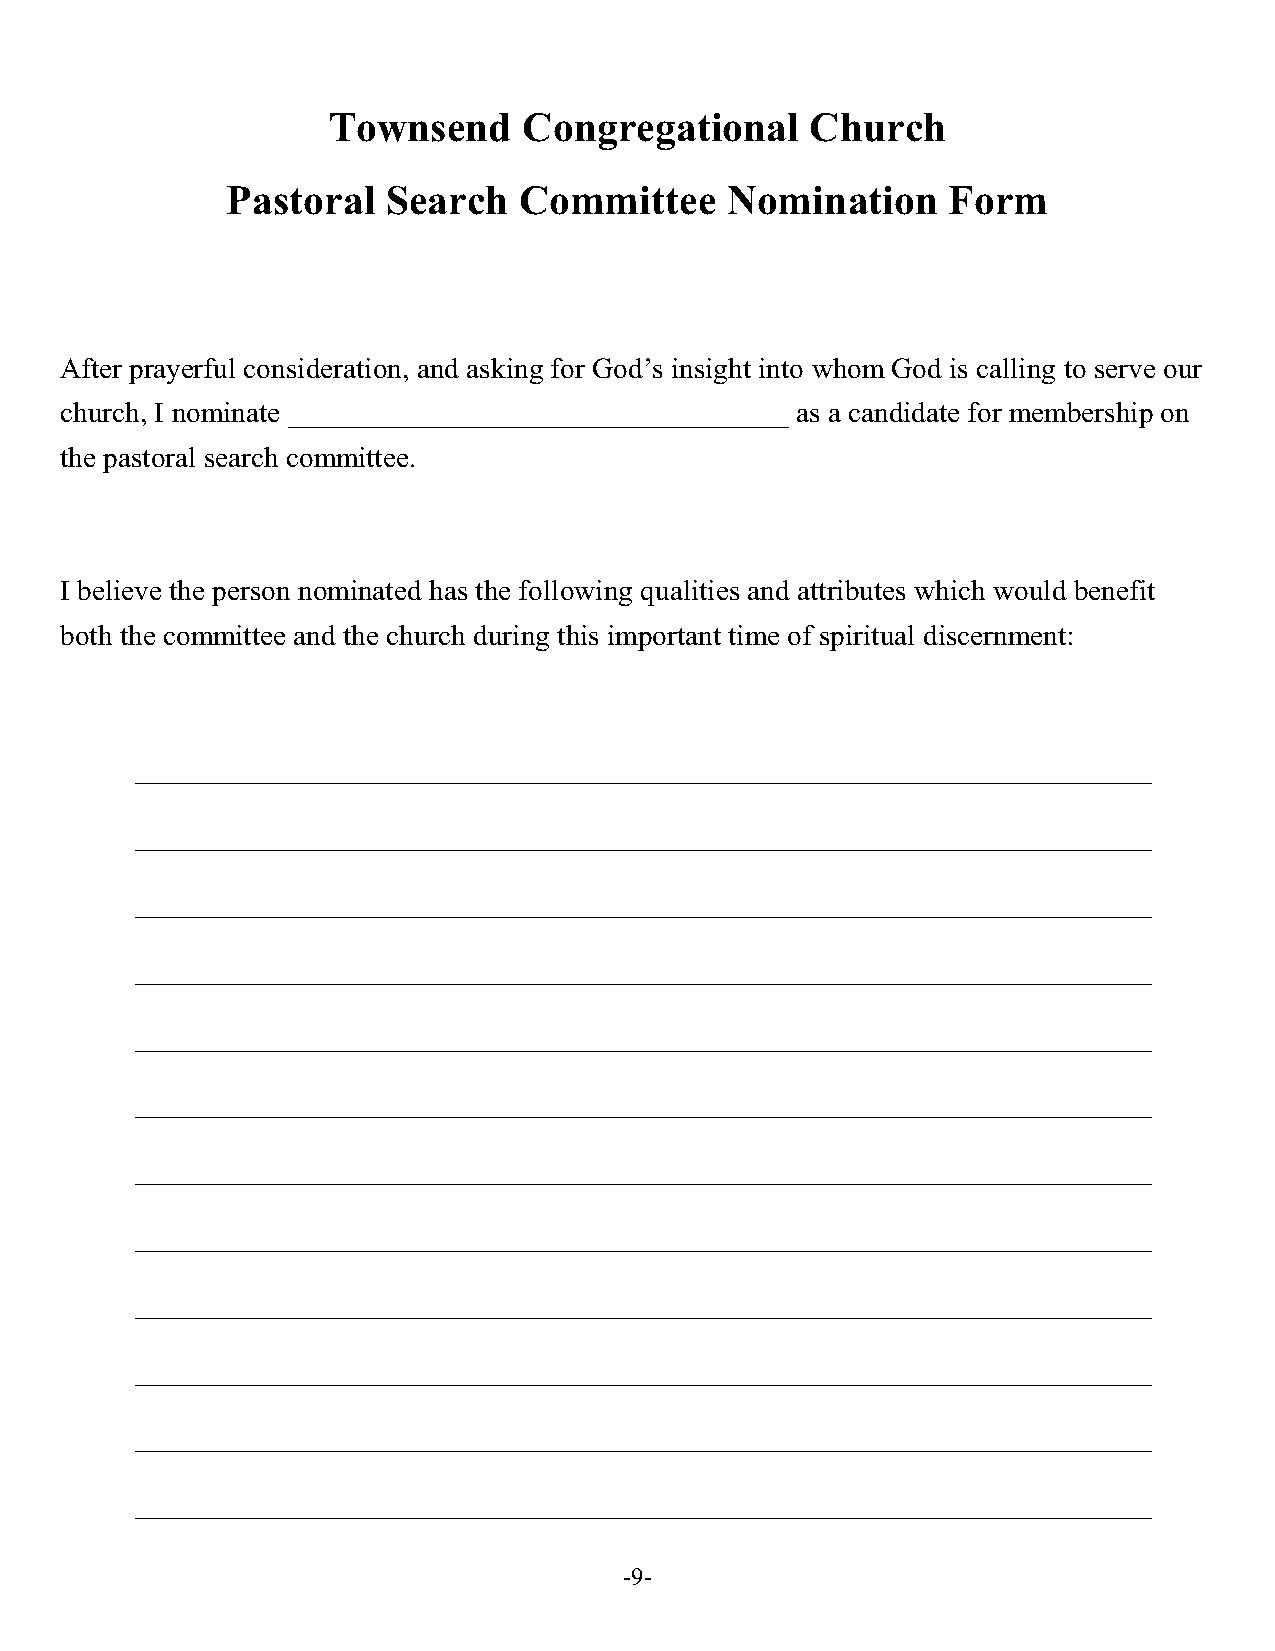
Townsend     Congregational     Church
 Pastoral   Search  Committee     Nomination     Form
 After prayerful consideration, and asking for God’s insight into whom God is calling to serve our
 church, I nominate __________________________________ as a candidate for membership on
 the pastoral search committee.
 I believe the person nominated has the following qualities and attributes which would benefit
 both the committee and the church during this important time of spiritual discernment:
 _____________________________________________________________________
 _____________________________________________________________________
 _____________________________________________________________________
 _____________________________________________________________________
 _____________________________________________________________________
 _____________________________________________________________________
 _____________________________________________________________________
 _____________________________________________________________________
 _____________________________________________________________________
 _____________________________________________________________________
 _____________________________________________________________________
 _____________________________________________________________________
 -9-